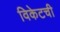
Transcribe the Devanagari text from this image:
विकेटची